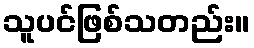
သူပင်ဖြစ်သတည်း။